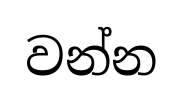
වන්න